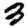
Digit: 3